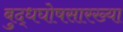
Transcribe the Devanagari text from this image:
बुद्धघोषसारख्या